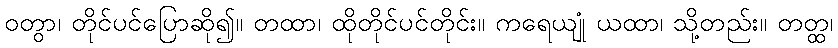
ဝတွာ၊ တိုင်ပင်ပြောဆို၍။ တထာ၊ ထိုတိုင်ပင်တိုင်း။ ကရေယျုံ ယထာ၊ သို့တည်း။ တတ္ထ၊